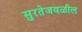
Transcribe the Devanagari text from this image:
सुरतेजवळील